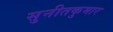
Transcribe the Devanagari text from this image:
सुनीतकुमार